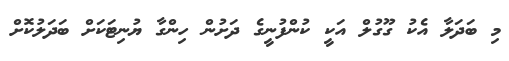
މި ބަދަލާ އެކު ގޫގުލް އަކީ ކުންފުނީގެ ދަށުން ހިންގާ ޔުނިޓަކަށް ބަދަލުކޮށް